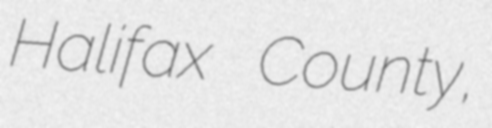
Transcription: Halifax County,